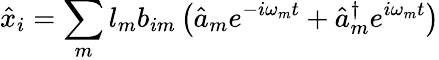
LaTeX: \hat{x}_{i}=\sum_{m}l_{m}b_{im}\left(\hat{a}_{m}e^{-i\omega_{m}t}+\hat{a}_{m}^{\dagger}e^{i\omega_{m}t}\right)